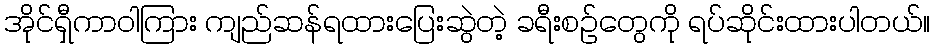
အိုင်ရှီကာဝါကြား ကျည်ဆန်ရထားပြေးဆွဲတဲ့ ခရီးစဉ်တွေကို ရပ်ဆိုင်းထားပါတယ်။